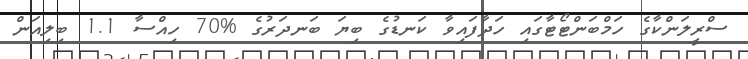
ސްރީލަންކާގެ ހަމްބަންޓޯޓާގައި ހަދާފައިވާ ކަނޑުގެ ބިޔަ ބަނދަރުގެ %70 ހިއްސާ 1.1 ބިލިއަން